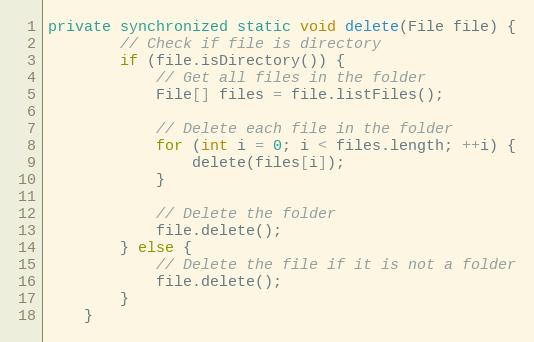
Language: Java
private synchronized static void delete(File file) {
        // Check if file is directory
        if (file.isDirectory()) {
            // Get all files in the folder
            File[] files = file.listFiles();

            // Delete each file in the folder
            for (int i = 0; i < files.length; ++i) {
                delete(files[i]);
            }

            // Delete the folder
            file.delete();
        } else {
            // Delete the file if it is not a folder
            file.delete();
        }
    }